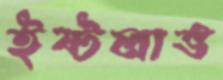
ইষ্টলাভ